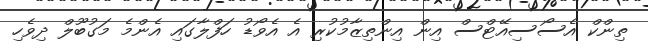
ތިންކް އެސޯސިއޭޓްސް އިން އިންތިޒާމުކުރި އެ އެވޯޑު ހަފްލާގައި އެންމެ މަގުބޫލް ދިވެހި